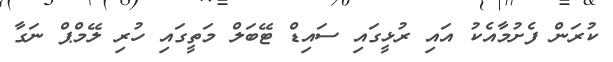
ކުރަން ފެށުމާއެކު އައި ރުޅީގައި ސައިޑް ޓޭބަލް މަތީގައި ހުރި ލޭމްޕް ނަގާ